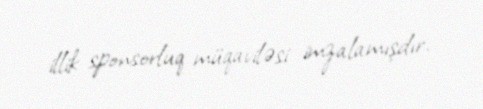
illik sponsorluq müqaviləsi imzalamışdır.